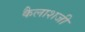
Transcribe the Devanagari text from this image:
कैलाशजी